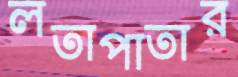
লতাপাতার